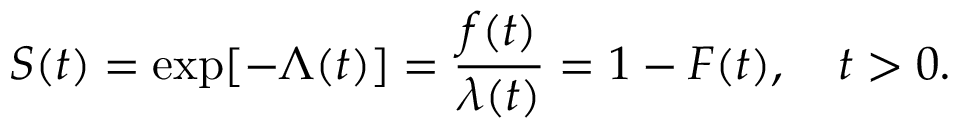
S ( t ) = \exp [ - \Lambda ( t ) ] = { \frac { f ( t ) } { \lambda ( t ) } } = 1 - F ( t ) , \quad t > 0 .